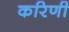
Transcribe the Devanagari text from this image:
करिणी